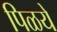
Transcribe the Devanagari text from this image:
पिळये